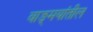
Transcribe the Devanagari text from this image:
वाङ्‍मयांतील